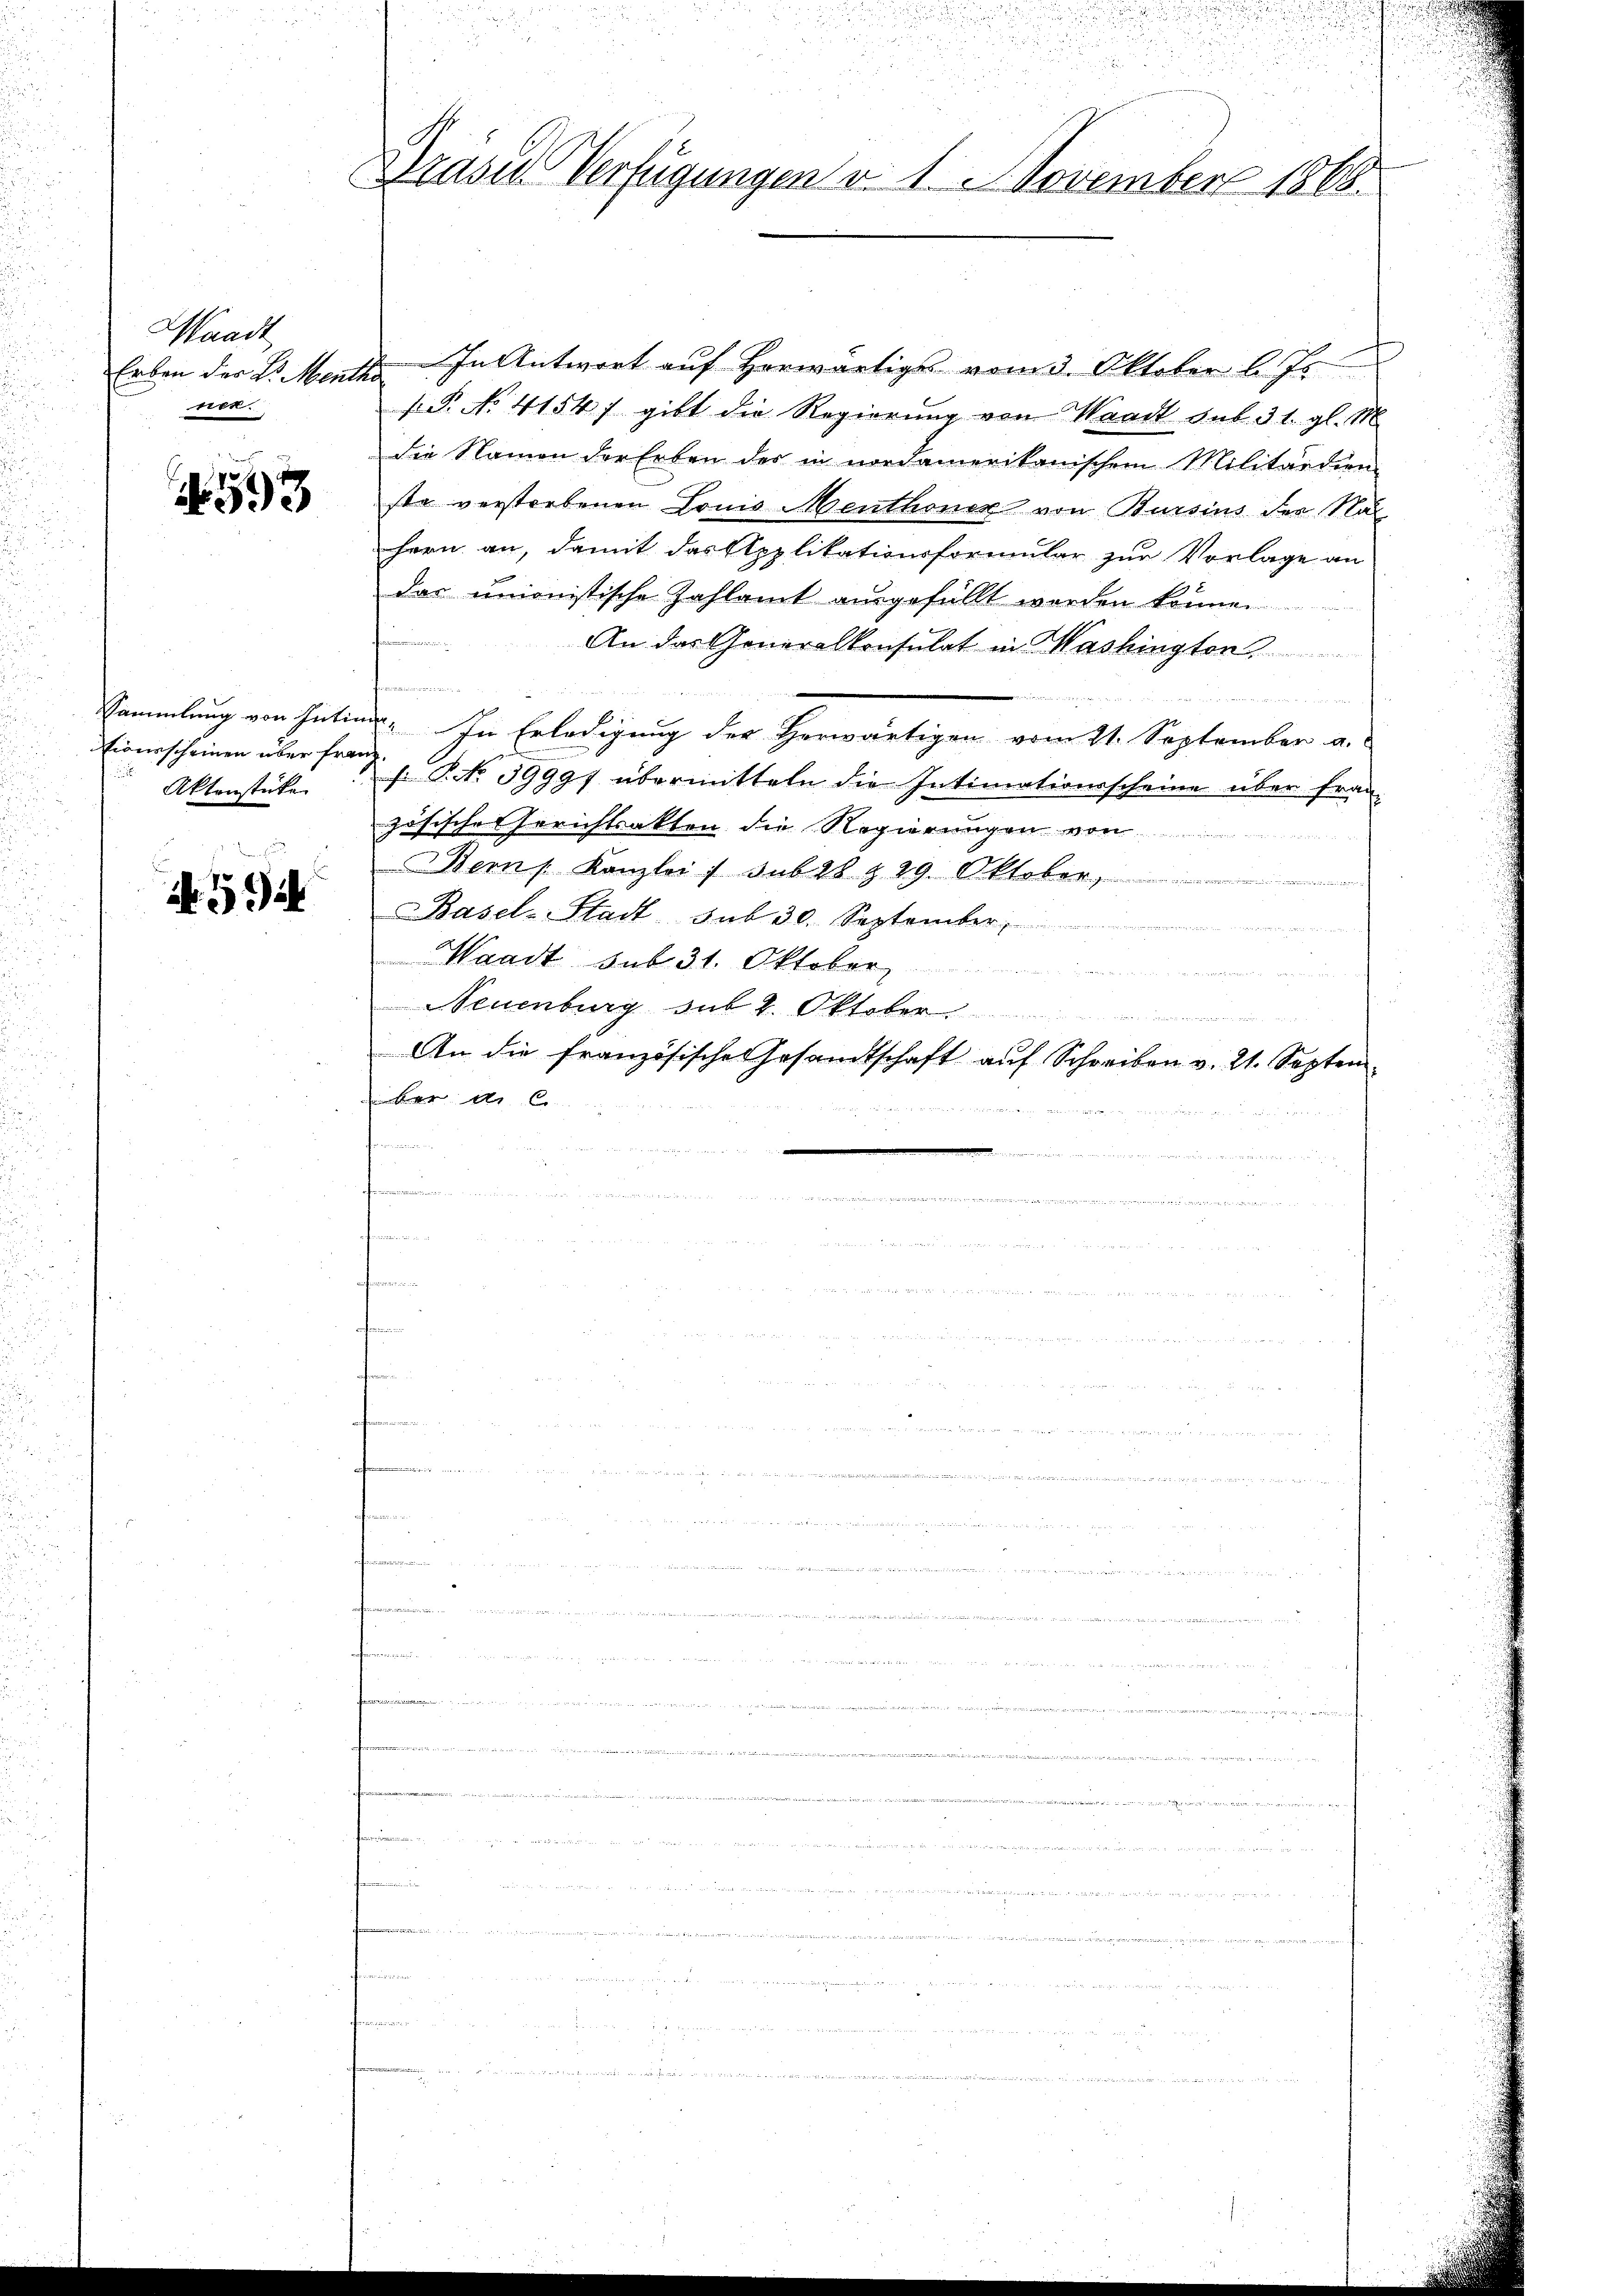
Waadt
Erben der L. Ment
wer.

593

Sammlung von Intiionescheinen über frei
Aktenstücke

1. 192

Präses Verfügungen v. 1. November 1868.

.

In Antwort auf Horwärtigs vom 3. Oktober l. Js
s P. No 41547 gibt die Regierung von Waadt sub. 31. gl. M
die Namen der Erben der in nordamerikanischem Militärdien
ste verstorbenen Louis Menthoner von Bursins der Nahern an, damit das Applikationsformular zur Vorlage an
das unionistische Zahlamt ausgefüllt worden können.
An das Generalkonsulat in Mashington
n
 0 x
   Benen
a. In Erledigung der Herwärtigen vom 21. September a.
s. P. No 39997 übermitteln die Intimationsscheine über französische Gerichtsakten die Regierungen von
Bern Kanzlei / sub 28 & 29. Oktober,
Basel-Stadt sub 30. September
i
Waadt sub 31. Oktober
do eine der Sache u. der ein meindeammand un
Neuenburg sub 2. Oktober
An die französische Gesandtschaft auf Schreiben v. 21. Septem
ber A. C.

fe
aenden
.